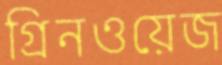
গ্রিনওয়েজ